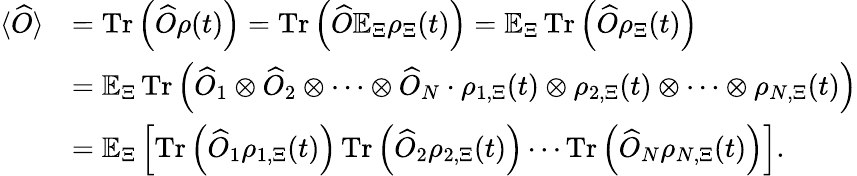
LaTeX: \begin{array}{rl}{\langle\widehat{O}\rangle}&{=\operatorname{Tr}\left(\widehat{O}\rho(t)\right)=\operatorname{Tr}\left(\widehat{O}\mathbb{E}_{\Xi}\rho_{\Xi}(t)\right)=\mathbb{E}_{\Xi}\operatorname{Tr}\left(\widehat{O}\rho_{\Xi}(t)\right)}\\ &{=\mathbb{E}_{\Xi}\operatorname{Tr}\left(\widehat{O}_{1}\otimes\widehat{O}_{2}\otimes\cdots\otimes\widehat{O}_{N}\cdot\rho_{1,\Xi}(t)\otimes\rho_{2,\Xi}(t)\otimes\cdots\otimes\rho_{N,\Xi}(t)\right)}\\ &{=\mathbb{E}_{\Xi}\left[\operatorname{Tr}\left(\widehat{O}_{1}\rho_{1,\Xi}(t)\right)\operatorname{Tr}\left(\widehat{O}_{2}\rho_{2,\Xi}(t)\right)\cdots\operatorname{Tr}\left(\widehat{O}_{N}\rho_{N,\Xi}(t)\right)\right].}\end{array}